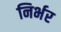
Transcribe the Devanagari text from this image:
निर्भर